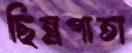
ছিন্নপাতা